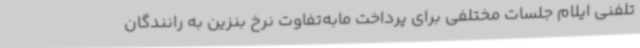
تلفنی ایلام جلسات مختلفی برای پرداخت مابه‌تفاوت نرخ بنزین به رانندگان